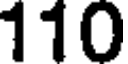
110